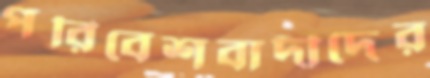
পরিবেশবাদীদের